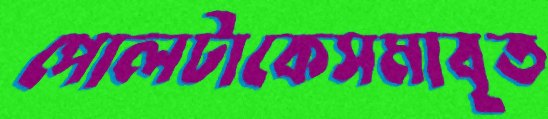
পোলটাকেসমাবৃত